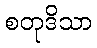
စတုဒိသာ